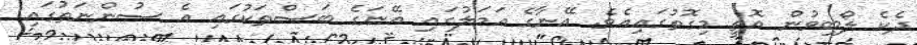
ދެކެ ލޯބިވުން އޮތީ މިގޮތުގައިއެވެ. އޭނާގެ ޢަމަލުގައި އޭނަގެ ބަސްތަކުގައި އެ ސުންނަތުގައި